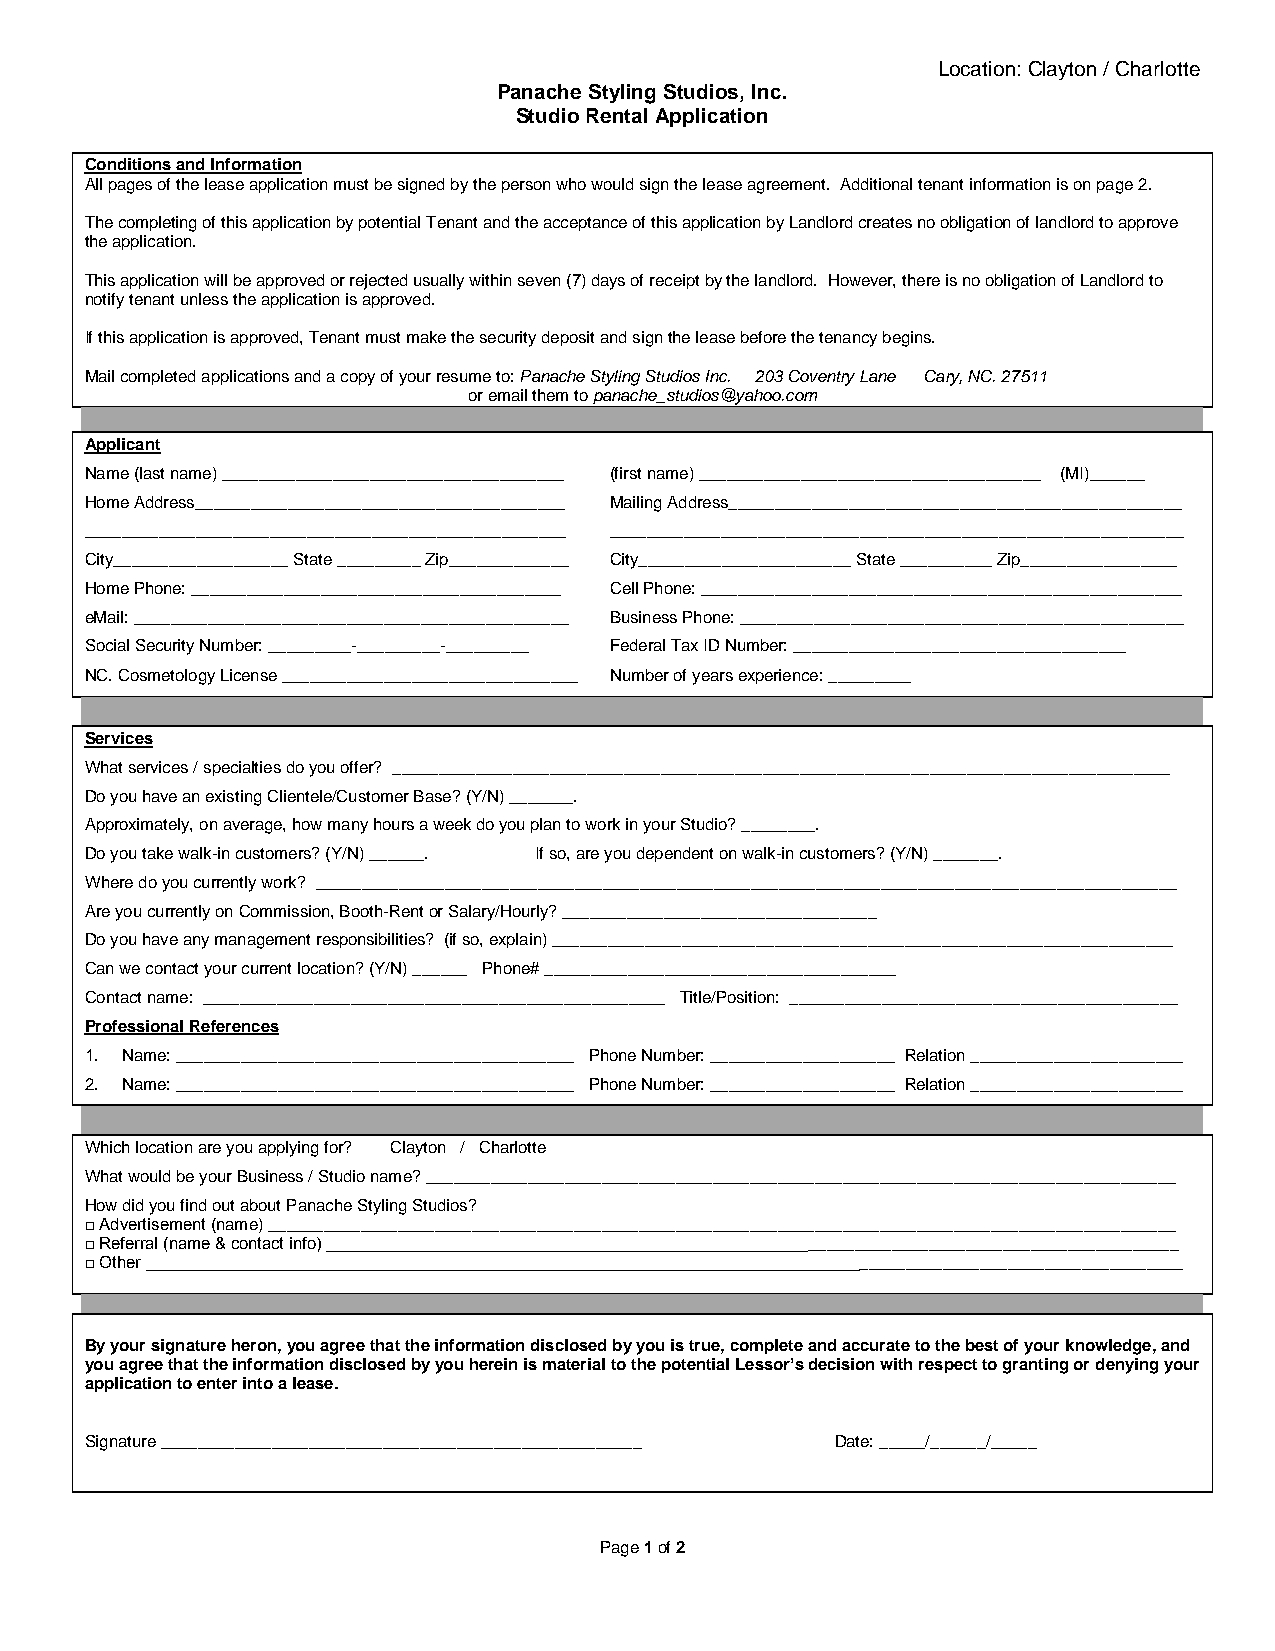
Location: Clayton / Charlotte
 Panache Styling Studios, Inc.
 Studio Rental Application
 Conditions and Information
 All pages of the lease application must be signed by the person who would sign the lease agreement. Additional tenant information is on page 2.
 The completing of this application by potential Tenant and the acceptance of this application by Landlord creates no obligation of landlord to approve
 the application.
 This application will be approved or rejected usually within seven (7) days of receipt by the landlord. However, there is no obligation of Landlord to
 notify tenant unless the application is approved.
 If this application is approved, Tenant must make the security deposit and sign the lease before the tenancy begins.
 Mail completed applications and a copy of your resume to: Panache Styling Studios Inc. 203 Coventry Lane Cary, NC. 27511
 or email them to panache_studios@yahoo.com
 Applicant
 Name (last name) _____________________________________ (first name) _____________________________________ (MI)______
 Home Address________________________________________ Mailing Address_________________________________________________
 ____________________________________________________ ______________________________________________________________
 City___________________ State _________ Zip_____________ City_______________________ State __________ Zip_________________
 Home Phone: ________________________________________ Cell Phone: ____________________________________________________
 eMail: _______________________________________________ Business Phone: ________________________________________________
 Social Security Number: _________-_________-_________ Federal Tax ID Number: ____________________________________
 NC. Cosmetology License ________________________________ Number of years experience: _________
 Services
 What services / specialties do you offer? ____________________________________________________________________________________
 Do you have an existing Clientele/Customer Base? (Y/N) _______.
 Approximately, on average, how many hours a week do you plan to work in your Studio? ________.
 Do you take walk-in customers? (Y/N) ______. If so, are you dependent on walk-in customers? (Y/N) _______.
 Where do you currently work? _____________________________________________________________________________________________
 Are you currently on Commission, Booth-Rent or Salary/Hourly? __________________________________
 Do you have any management responsibilities? (if so, explain) ___________________________________________________________________
 Can we contact your current location? (Y/N) ______ Phone# ______________________________________
 Contact name: __________________________________________________ Title/Position: __________________________________________
 Professional References
 1. Name: ___________________________________________ Phone Number: ____________________ Relation _______________________
 2. Name: ___________________________________________ Phone Number: ____________________ Relation _______________________
 Which location are you applying for? Clayton / Charlotte
 What would be your Business / Studio name? _________________________________________________________________________________
 How did you find out about Panache Styling Studios?
 □ Advertisement (name) __________________________________________________________________________________________________
 □ Referral (name & contact info) ____________________________________________________________________________________________
 □ Other ________________________________________________________________________________________________________________
 By your signature heron, you agree that the information disclosed by you is true, complete and accurate to the best of your knowledge, and
 you agree that the information disclosed by you herein is material to the potential Lessor’s decision with respect to granting or denying your
 application to enter into a lease.
 Signature ____________________________________________________ Date: _____/______/_____
 Page 1 of 2